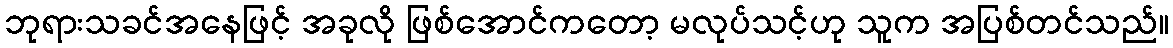
ဘုရားသခင်အနေဖြင့် အခုလို ဖြစ်အောင်ကတော့ မလုပ်သင့်ဟု သူက အပြစ်တင်သည်။